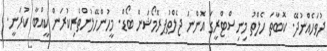
ދުވަހެއްނުދޭ. ކޮބާތަ ހެލްތު މިނިސްޓްރީގަ އޮންނަ ޖެލްތުޕރޮމޯޝަން ބޯޑް. މީހުންހޭލުންތެރިކުރަން ކީއްބާ ކުރަނީ.